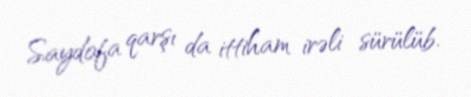
Saydofa qarşı da ittiham irəli sürülüb.